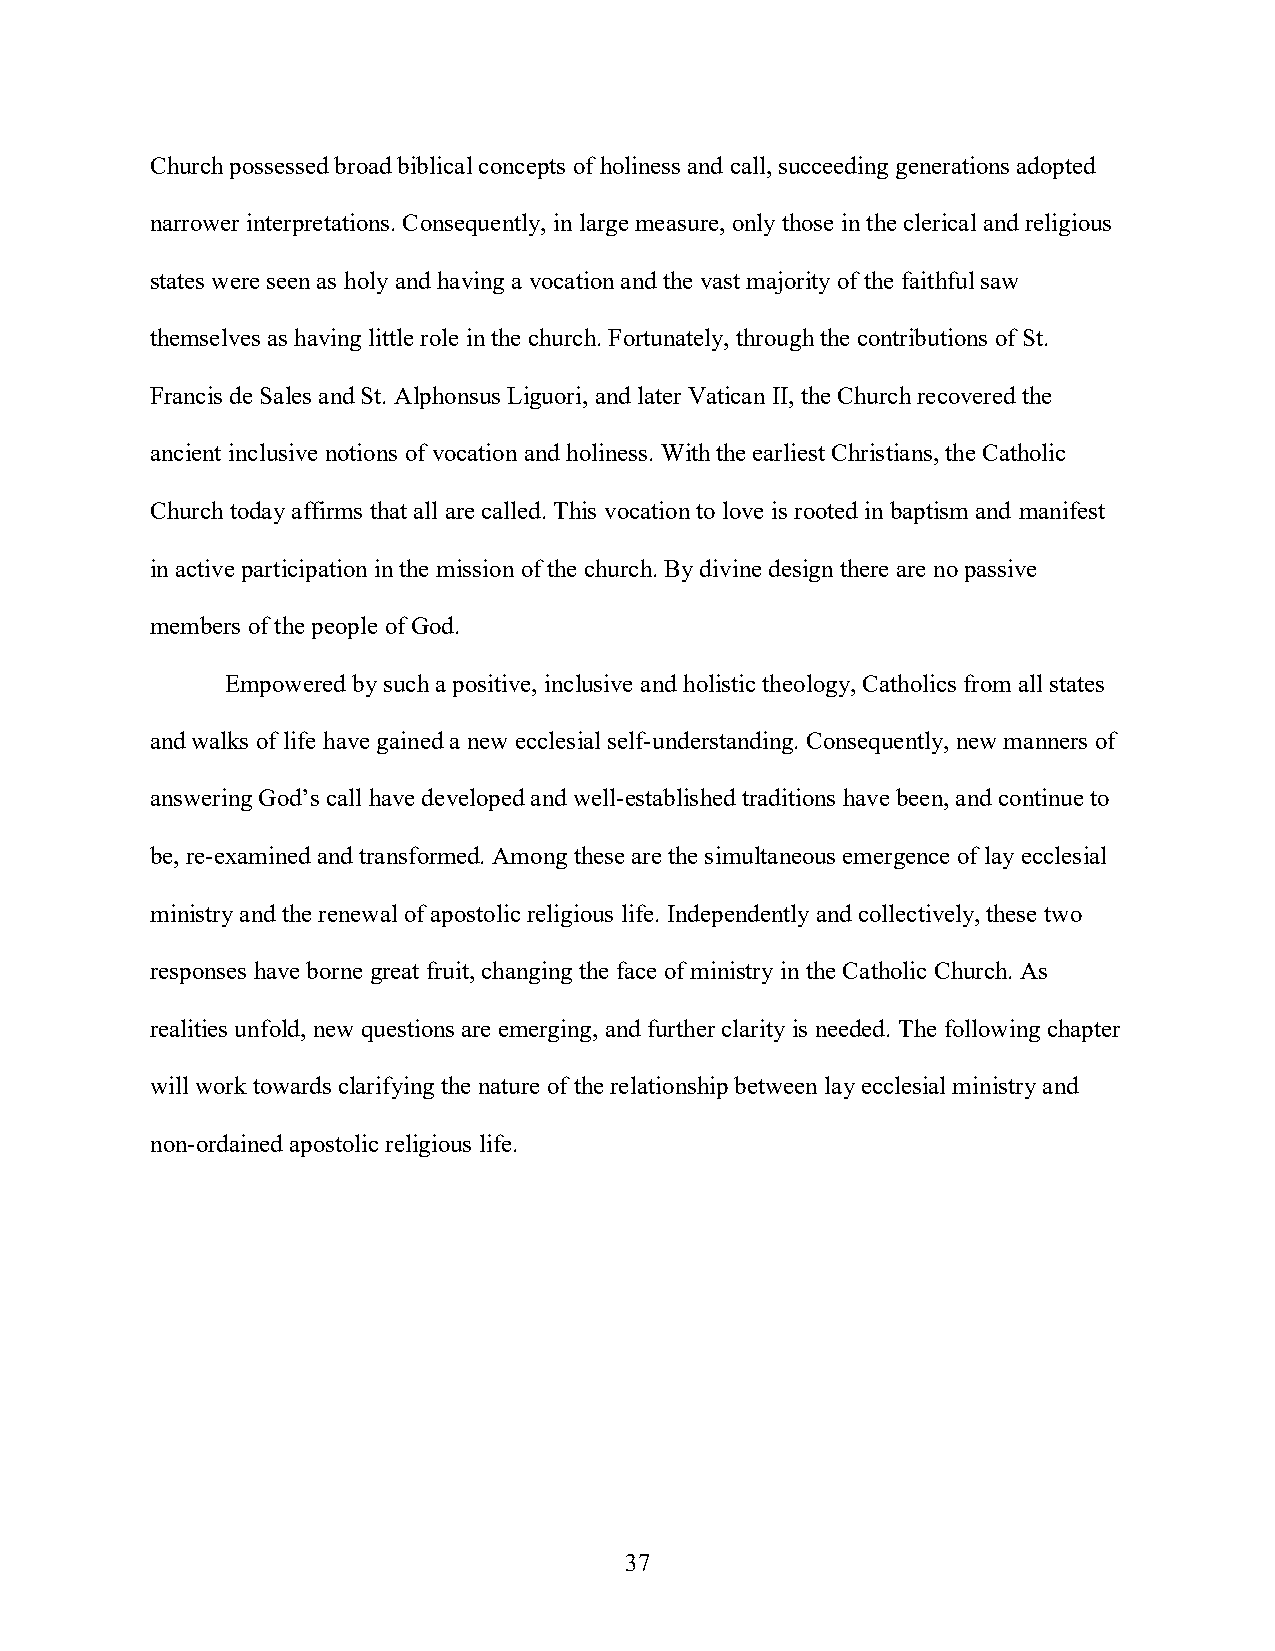
Church possessed broad biblical concepts of holiness and call, succeeding generations adopted
 narrower interpretations. Consequently, in large measure, only those in the clerical and religious
 states were seen as holy and having a vocation and the vast majority of the faithful saw
 themselves as having little role in the church. Fortunately, through the contributions of St.
 Francis de Sales and St. Alphonsus Liguori, and later Vatican II, the Church recovered the
 ancient inclusive notions of vocation and holiness. With the earliest Christians, the Catholic
 Church today affirms that all are called. This vocation to love is rooted in baptism and manifest
 in active participation in the mission of the church. By divine design there are no passive
 members of the people of God.
 Empowered by such a positive, inclusive and holistic theology, Catholics from all states
 and walks of life have gained a new ecclesial self-understanding. Consequently, new manners of
 answering God’s call have developed and well-established traditions have been, and continue to
 be, re-examined and transformed. Among these are the simultaneous emergence of lay ecclesial
 ministry and the renewal of apostolic religious life. Independently and collectively, these two
 responses have borne great fruit, changing the face of ministry in the Catholic Church. As
 realities unfold, new questions are emerging, and further clarity is needed. The following chapter
 will work towards clarifying the nature of the relationship between lay ecclesial ministry and
 non-ordained apostolic religious life.
 37